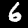
Digit: 6